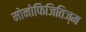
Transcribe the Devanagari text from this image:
मोनोफिजितिज्म